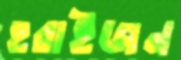
হরাইজন